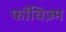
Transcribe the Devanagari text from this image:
फॉविज़्म